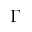
\Gamma